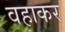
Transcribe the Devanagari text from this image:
वहाकर